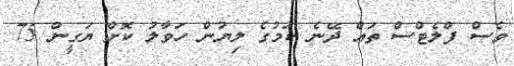
ވެސް ފްލެޓްސް ތައް ދޭނެ ކަމުގެ ލިޔުން ހަވާލު ކޮށް ޔަގީން 75